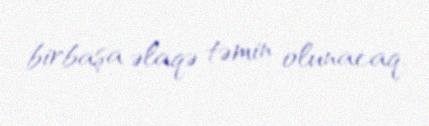
birbaşa əlaqə təmin olunacaq.